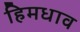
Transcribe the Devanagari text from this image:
हिमधाव